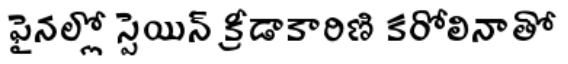
ఫైనల్లో స్పెయిన్ క్రీడాకారిణి కరోలినాతో